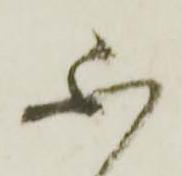
不